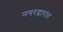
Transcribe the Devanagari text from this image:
नगरद्वारात